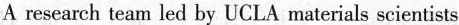
A research team Jed by UCLA materials scientists